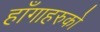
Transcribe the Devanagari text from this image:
हाँगाहरुको